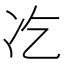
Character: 𠖯